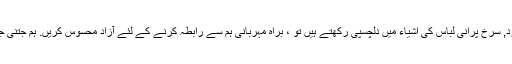
مزید برآں ، تھوک قیمت بلک خریداری کے لئے دستیاب ہے. اگر آپ تھوک زرد, سرخ پرانی لباس کی اشیاء میں دلچسپی رکھتے ہیں تو ، براہ مہربانی ہم سے رابطہ کرنے کے لئے آزاد محسوس کریں. ہم جتنی جلدی ممکن ہو اقتباس فراہم کریں گے. OEM اور ODM دونوں کا استقبال ہے.